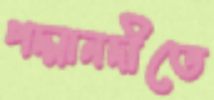
পদ্মানদীতে